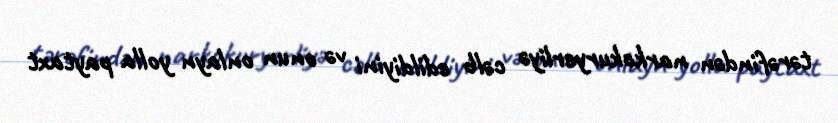
tərəfindən narkokuryerliyə cəlb edildiyini və onun onlayn yolla paytaxt